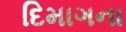
દિમાગના